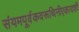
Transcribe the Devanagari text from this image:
संयमपूर्वकवरूथिनीएकादशी